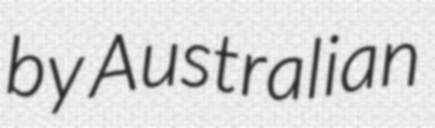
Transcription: by Australian